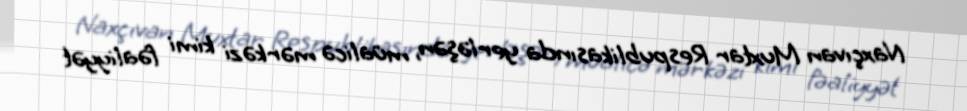
Naxçıvan Muxtar Respublikasında yerləşən, müalicə mərkəzi kimi fəaliyyət